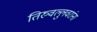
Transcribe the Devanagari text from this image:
तिरुवल्लुवरांना